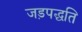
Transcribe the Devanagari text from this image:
जड़पद्धति